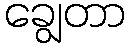
ချွေတာ